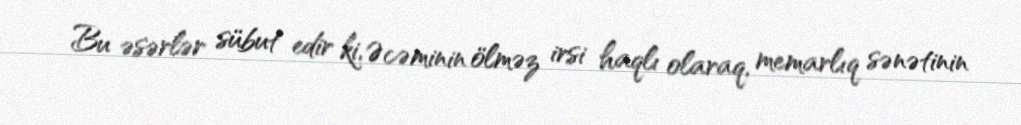
Bu əsərlər sübut edir ki, Əcəminin ölməz irsi haqlı olaraq, memarlıq sənətinin